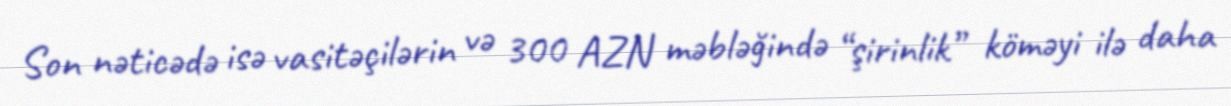
Son nəticədə isə vasitəçilərin və 300 AZN məbləğində “şirinlik” köməyi ilə daha